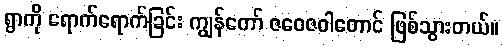
ရွာကို ရောက်ရောက်ခြင်း ကျွန်တော် ဇဝေဇဝါတောင် ဖြစ်သွားတယ်။